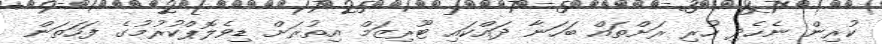
ކުރިން ނެހެދި ހުރި ރަށްތައް ބަހަނާ ދައްކައި ޓޫރިޒަމް އިތުރަށް ޑިވެލޮޕްކުރުމުގެ ފަހަތަން